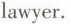
lawyer.